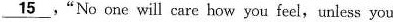
\underline{15},“No one will care how you feel, umless you